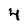
Character: 4